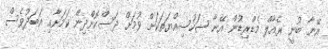
އޭނާ ބުނީ ރެއާލް މެޑްރިޑުން އޭނާ ޝަހުސިއްޔަތަކަށް ވުމަށް ދަސްކޮށްދިން ކަމަށާއި އަބަދުވެސް